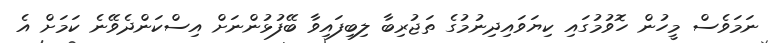
ނަމަވެސް މީހުން ހޮވުމުގައި ކިޔަވައިދިނުމުގެ ތަޖުރިބާ ލިބިފައިވާ ބޭފުޅުންނަށް އިސްކަންދެވޭނެ ކަމަށް އެ